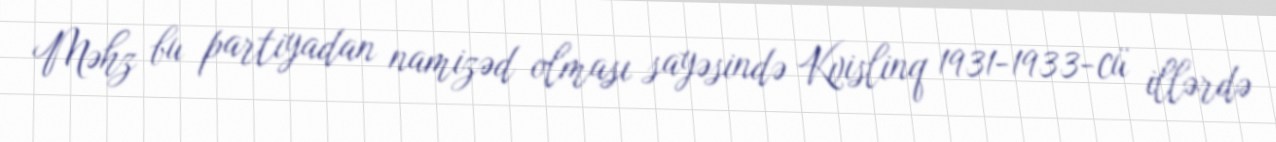
Məhz bu partiyadan namizəd olması sayəsində Kvislinq 1931-1933-cü illərdə